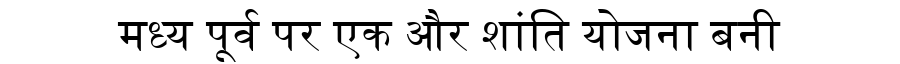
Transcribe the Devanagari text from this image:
मध्य पूर्व पर एक और शांति योजना बनी